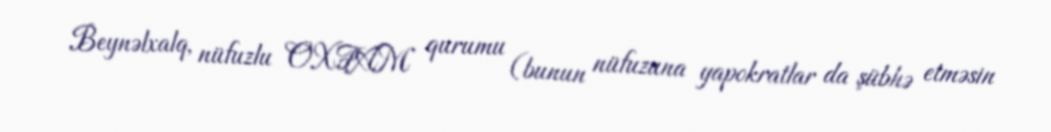
Beynəlxalq, nüfuzlu OXFAM qurumu (bunun nüfuzuna yapokratlar da şübhə etməsin